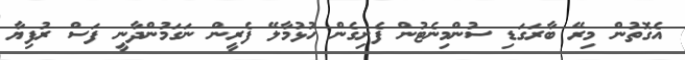
އެގޮތުން މިރޭ ބާރަގަޑި ސުންމިނެޓުން ފެށިގެން ހުޅުމާލޭ ފެރީން ނަގަމުންދާނީ ފަސް ރުފިޔާ